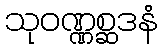
သုဝဏ္ဏစ္ဆဒနံ